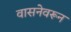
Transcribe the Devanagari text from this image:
वासनेवरून